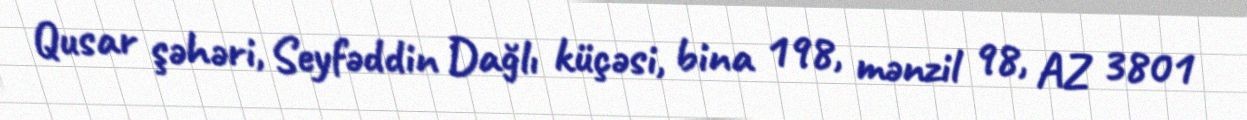
Qusar şəhəri, Seyfəddin Dağlı küçəsi, bina 198, mənzil 98, AZ 3801